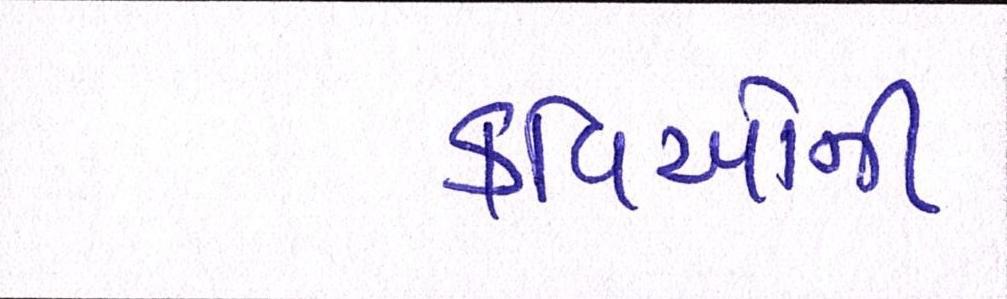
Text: કવિઓની